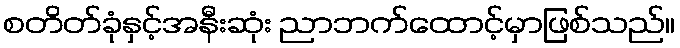
စတိတ်ခုံနှင့်အနီးဆုံး ညာဘက်ထောင့်မှာဖြစ်သည်။